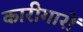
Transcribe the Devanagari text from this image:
कारीगारों